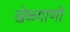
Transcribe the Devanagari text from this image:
खेळगाणी